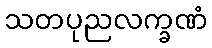
သတပုညလက္ခဏံ